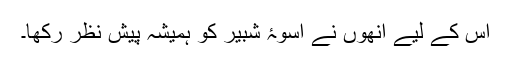
اس کے لیے انھوں نے اسوۂ شبیر کو ہمیشہ پیش نظر رکھا۔